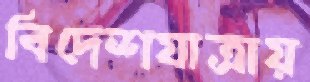
বিদেশযাত্রায়